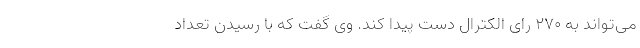
می‌تواند به ۲۷۰ رای الکترال دست پیدا کند. وی گفت که با رسیدن تعداد